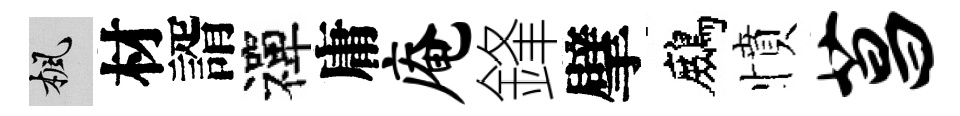
楓材諝禪庸庵鋒擘鷓憤菖